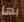
بها